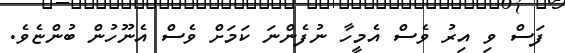
ފަސް ވި އިރު ވެސް އެމީހާ ނުފެންނަ ކަމަށް ވެސް އެނޫހުން ބުންޏެވެ.